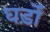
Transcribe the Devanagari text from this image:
घड़ोँ